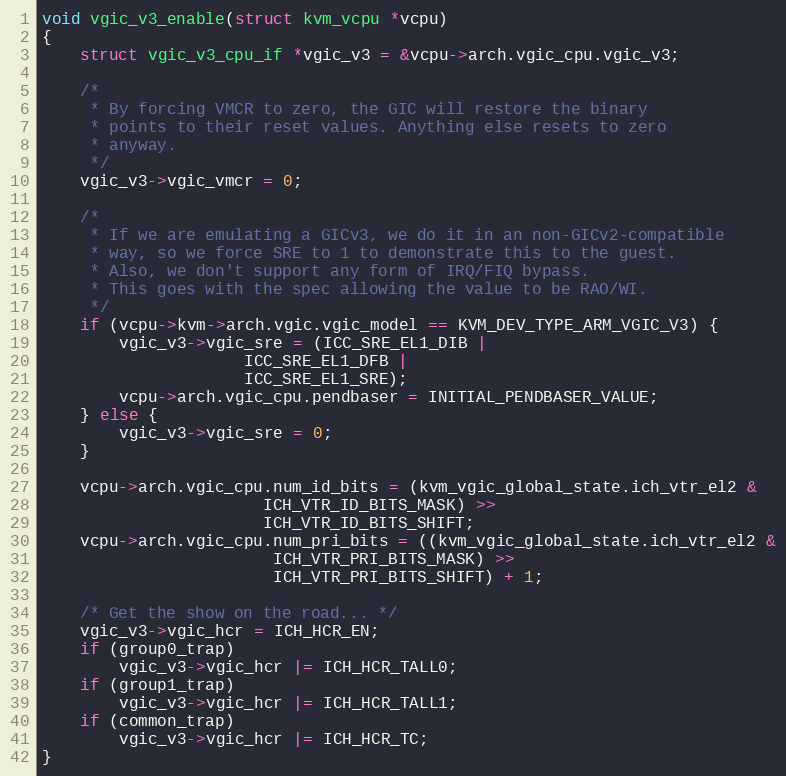
Language: C
void vgic_v3_enable(struct kvm_vcpu *vcpu)
{
	struct vgic_v3_cpu_if *vgic_v3 = &vcpu->arch.vgic_cpu.vgic_v3;

	/*
	 * By forcing VMCR to zero, the GIC will restore the binary
	 * points to their reset values. Anything else resets to zero
	 * anyway.
	 */
	vgic_v3->vgic_vmcr = 0;

	/*
	 * If we are emulating a GICv3, we do it in an non-GICv2-compatible
	 * way, so we force SRE to 1 to demonstrate this to the guest.
	 * Also, we don't support any form of IRQ/FIQ bypass.
	 * This goes with the spec allowing the value to be RAO/WI.
	 */
	if (vcpu->kvm->arch.vgic.vgic_model == KVM_DEV_TYPE_ARM_VGIC_V3) {
		vgic_v3->vgic_sre = (ICC_SRE_EL1_DIB |
				     ICC_SRE_EL1_DFB |
				     ICC_SRE_EL1_SRE);
		vcpu->arch.vgic_cpu.pendbaser = INITIAL_PENDBASER_VALUE;
	} else {
		vgic_v3->vgic_sre = 0;
	}

	vcpu->arch.vgic_cpu.num_id_bits = (kvm_vgic_global_state.ich_vtr_el2 &
					   ICH_VTR_ID_BITS_MASK) >>
					   ICH_VTR_ID_BITS_SHIFT;
	vcpu->arch.vgic_cpu.num_pri_bits = ((kvm_vgic_global_state.ich_vtr_el2 &
					    ICH_VTR_PRI_BITS_MASK) >>
					    ICH_VTR_PRI_BITS_SHIFT) + 1;

	/* Get the show on the road... */
	vgic_v3->vgic_hcr = ICH_HCR_EN;
	if (group0_trap)
		vgic_v3->vgic_hcr |= ICH_HCR_TALL0;
	if (group1_trap)
		vgic_v3->vgic_hcr |= ICH_HCR_TALL1;
	if (common_trap)
		vgic_v3->vgic_hcr |= ICH_HCR_TC;
}